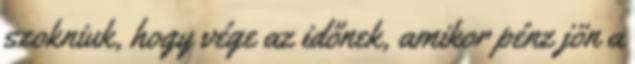
szokniuk, hogy vége az időnek, amikor pénz jön a